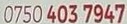
0750 403 7947